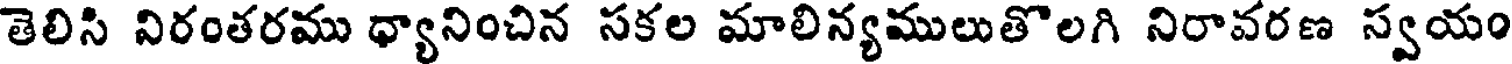
తెలిసి నిరంతరము ధ్యానించిన సకల మాలిన్యములుతొలగి నిరావరణ స్వయం